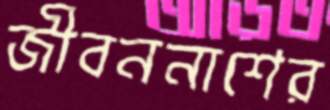
জীবননাশের